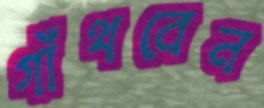
গাঁথবেন